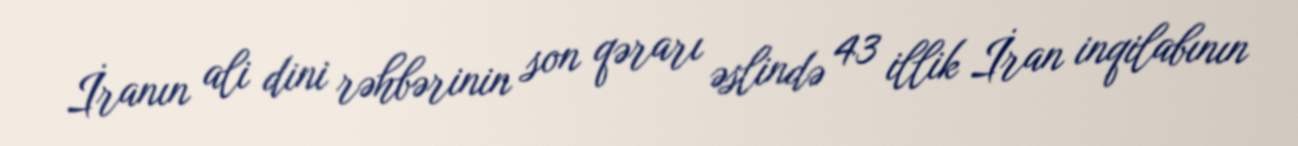
İranın ali dini rəhbərinin son qərarı əslində 43 illik İran inqilabının